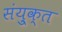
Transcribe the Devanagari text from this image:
संयु्क्त